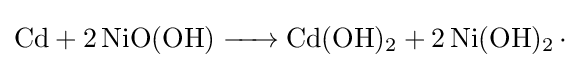
{\ce {Cd + 2NiO(OH) -> Cd(OH)2 + 2Ni(OH)2.}}